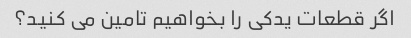
اگر قطعات یدکی را بخواهیم تامین می کنید؟